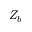
Z _ { b }